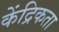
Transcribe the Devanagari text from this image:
केंद्रिकता